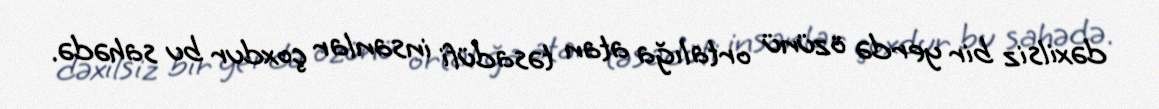
dəxilsiz bir yerdə özünü ortalığa atan təsadüfi insanlar çoxdur bu sahədə.